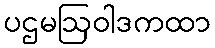
ပဌမဩဝါဒကထာ